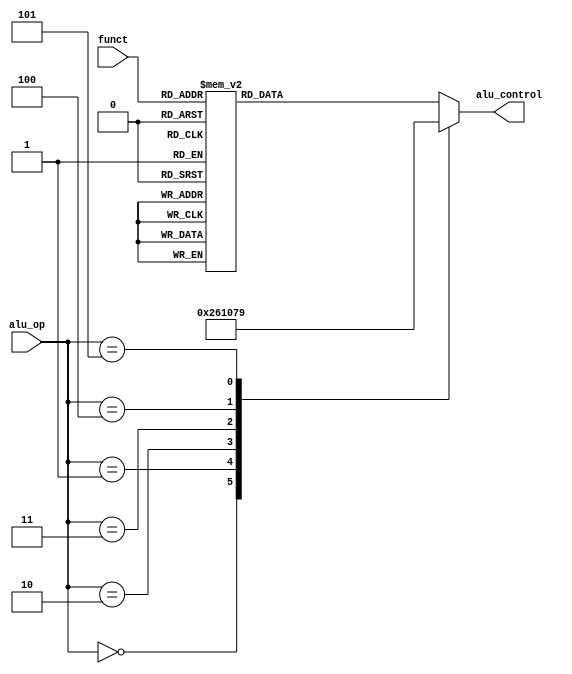
`timescale 1ns / 1ps
//////////////////////////////////////////////////////////////////////////////////
// Company: 
// Engineer: 
// 
// Design Name: 
// Module Name: ALU_DECODER
// Project Name: 
// Target Devices: 
// Tool Versions: 
// Description: 
// 
// Dependencies: 
// 
// Revision:
// Revision 0.01 - File Created
// Additional Comments:
// 
//////////////////////////////////////////////////////////////////////////////////


module ALU_DECODER(
    input [2:0] alu_op,
    input [5:0] funct,
    output reg [3:0] alu_control
    );
    
    always@(*)
        case(alu_op)
            0:alu_control<=4'b0010; //addi
            1:alu_control<=4'b0110; //subi
            2:alu_control<=4'b0001; //ori
            3:alu_control<=4'b0000; //andi
            4:alu_control<=4'b0111; //stli
            5:alu_control<=4'b1001; //xori
            default: //func
                case(funct)
                    6'b100000: alu_control<=4'b0010; //add
                    6'b100010: alu_control<=4'b0110; //sub
                    6'b100100: alu_control<=4'b0000; //and
                    6'b100101: alu_control<=4'b0001; //or
                    6'b101010: alu_control<=4'b0111; //slt
                    //add but finished
                    6'b100001: alu_control<=4'b0010; //andu
                    6'b100011: alu_control<=4'b0110; //sltu
                    6'b100111: alu_control<=4'b0011; //nor
                    6'b101011: alu_control<=4'b1000; //sltu
                    6'b100110: alu_control<=4'b1001; //xor
                    6'b000000: alu_control<=4'b1010; //sll
                    6'b000100: alu_control<=4'b1011; //slv
                    6'b000011: alu_control<=4'b1100; //sra
                    6'b000111: alu_control<=4'b1101; //srav
                    6'b000010: alu_control<=4'b1110; //srl
                    6'b000110: alu_control<=4'b1111; //srlv

                    //add but not finish

                    default: alu_control<=4'bxxxx;
                endcase
        endcase
endmodule